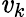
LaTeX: \mathit{v}_{k}